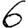
Digit: 6